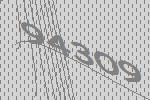
94309